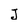
Character: J